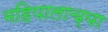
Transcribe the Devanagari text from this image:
महिपालाच्या